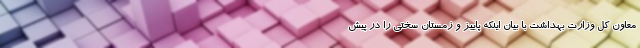
معاون کل وزارت بهداشت با بیان اینکه پاییز و ‌زمستان سختی را در پیش